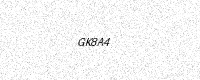
Text: GK8A4